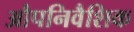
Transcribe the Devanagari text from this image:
औपनिवैशिक